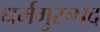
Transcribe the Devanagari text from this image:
धर्मगुरूपद